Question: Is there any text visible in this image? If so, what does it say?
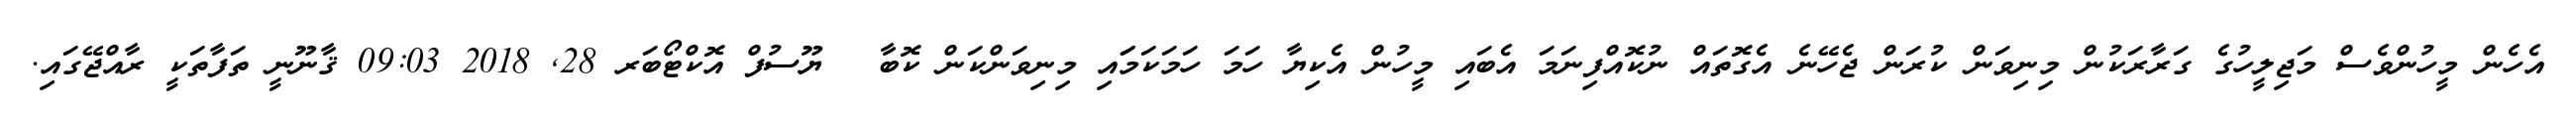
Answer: އެހެން މީހުންވެސް މަޖިލީހުގެ ގަރާރަކުން މިނިވަން ކުރަން ޖެހޭނެ އެގޮތައް ނުކޮއްފިނަމަ އެބައި މީހުން އެކިޔާ ހަމަ ހަމަކަމަައި މިނިވަންކަން ކޮބާ ? ޔޫސުފް އޮކްޓޯބަރ 28, 2018 09:03 ޤާނޫނީ ތަފާތަކީ ރާއްޖޭގައި.